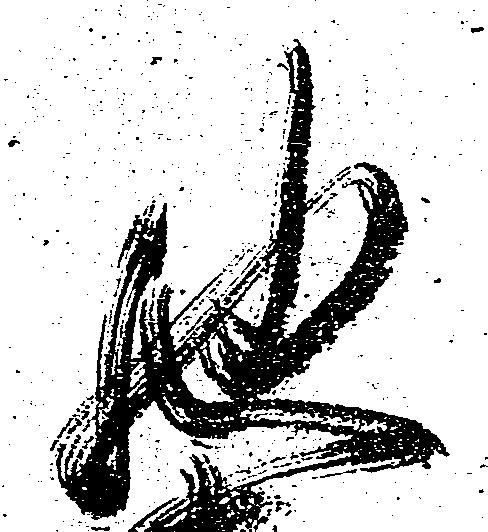
馳